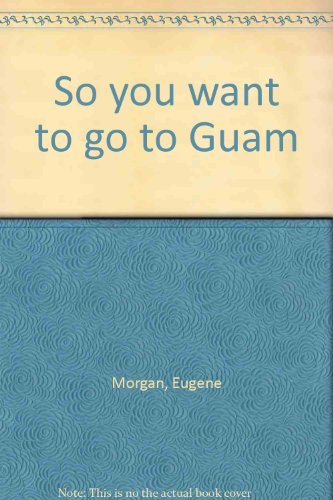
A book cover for So you want to go to Guam; Eugene Morgan; Travel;